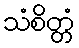
သံစိတ္တံ